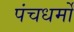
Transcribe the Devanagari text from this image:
पंचधर्मों